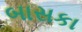
બાસકા